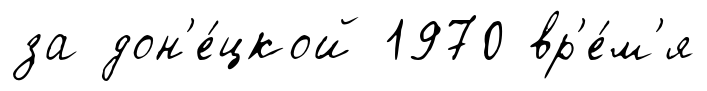
за дон'е́цкой 1970 вр'е́м'я